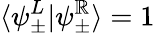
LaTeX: \langle\psi_{\pm}^{L}|\psi_{\pm}^{\mathbb{R}}\rangle=1